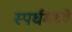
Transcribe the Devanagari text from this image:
स्पर्धमध्ये